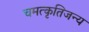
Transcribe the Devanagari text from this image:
चमत्कृतिजन्य